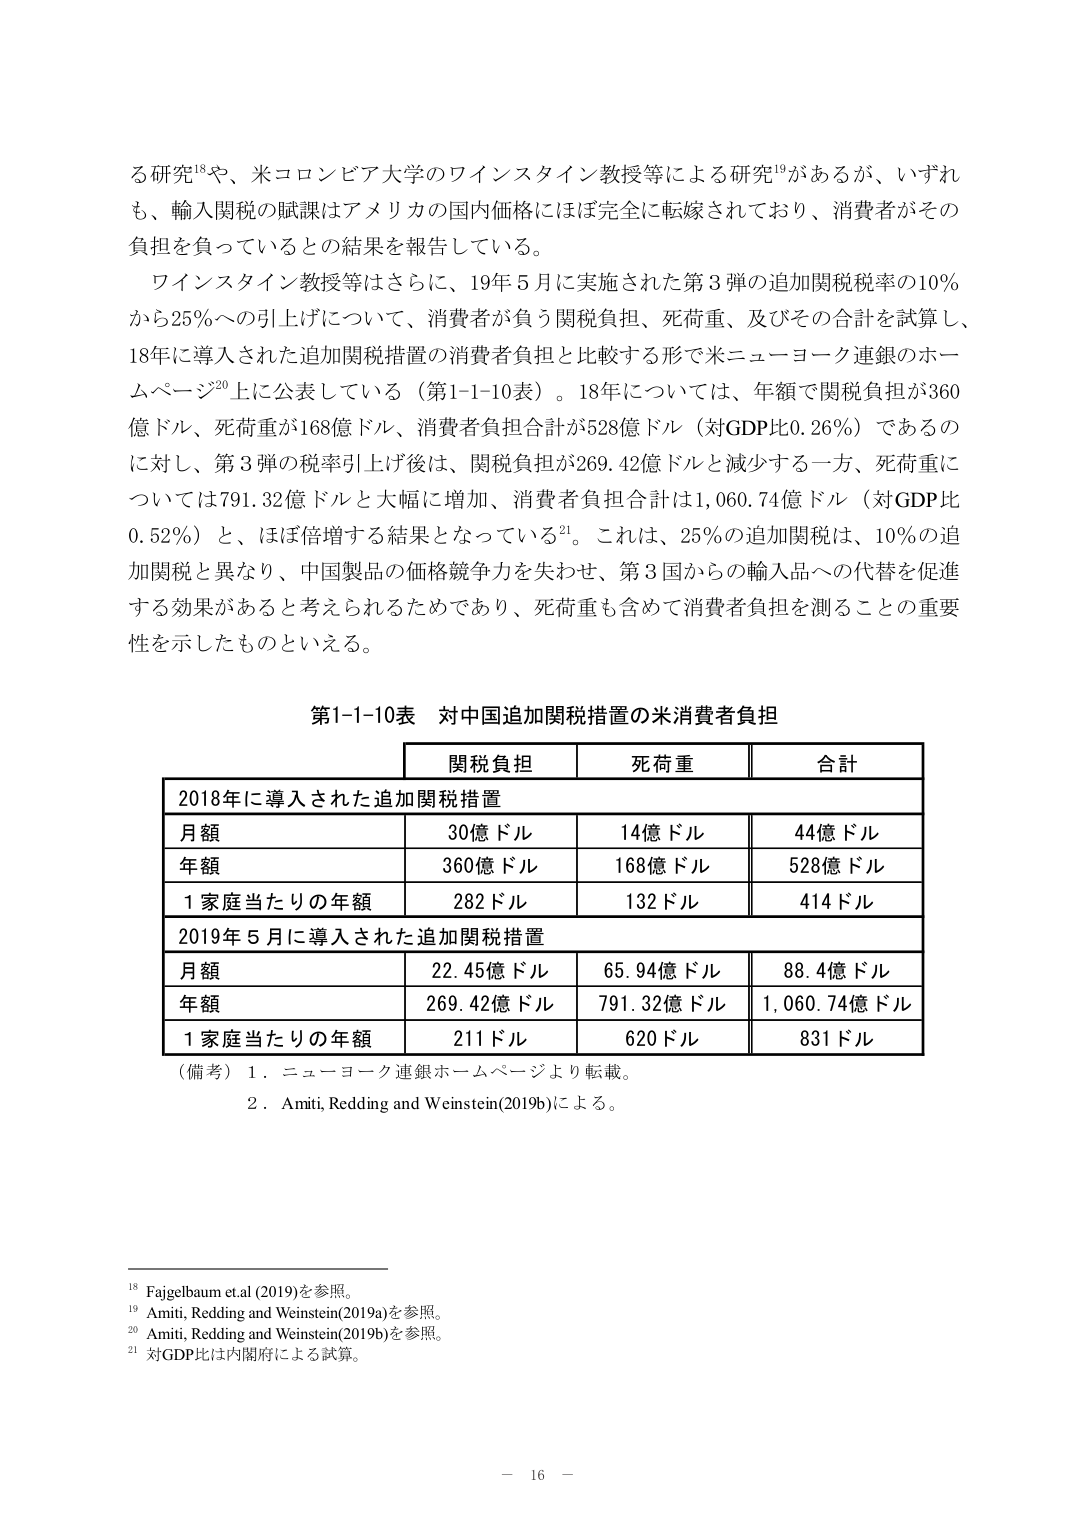
る研究¹⁸や、米コロンビア大学のワインスタイン教授等による研究¹⁹があるが、いずれも、輸入関税の賦課はアメリカの国内価格にはほぼ完全に転嫁されており、消費者がその負担を負っているとの結果を報告している。

ワインスタイン教授等はさらに、19年5月に実施された第3弾の追加関税税率の10％から25％への引上げについて、消費者が負う関税負担、死荷重、及びその合計を試算し、18年に導入された追加関税措置の消費者負担と比較する形で米ニューヨーク連銀のホームページ²⁰上に公表している（第1-1-10表）。18年については、年額で関税負担が360億ドル、死荷重が168億ドル、消費者負担合計が528億ドル（対GDP比0.26％）であるのに対し、第3弾の税率引上げ後は、関税負担が269.42億ドルと減少する一方、死荷重については791.32億ドルと大幅に増加、消費者負担合計は1,060.74億ドル（対GDP比0.52％）と、ほぼ倍増する結果となっている²¹。これは、25％の追加関税は、10％の追加関税と異なり、中国製品の価格競争力を失わせ、第3国からの輸入品への代替を促進する効果があると考えられるためであり、死荷重も含めて消費者負担を測ることの重要性を示したものといえる。

第1-1-10表 対中国追加関税措置の米消費者負担

| | 関税負担 | 死荷重 | 合計 |
|---|---|---|---|
| 2018年に導入された追加関税措置 | | | |
| 月額 | 30億ドル | 14億ドル | 44億ドル |
| 年額 | 360億ドル | 168億ドル | 528億ドル |
| 1家庭当たりの年額 | 282ドル | 132ドル | 414ドル |
| 2019年5月に導入された追加関税措置 | | | |
| 月額 | 22.45億ドル | 65.94億ドル | 88.4億ドル |
| 年額 | 269.42億ドル | 791.32億ドル | 1,060.74億ドル |
| 1家庭当たりの年額 | 211ドル | 620ドル | 831ドル |

（備考）1．ニューヨーク連銀ホームページより転載。
2．Amiti, Redding and Weinstein(2019b)による。

¹⁸ Fajgelbaum et al (2019)を参照。
¹⁹ Amiti, Redding and Weinstein(2019a)を参照。
²⁰ Amiti, Redding and Weinstein(2019b)を参照。
²¹ 対GDP比は内閣府による試算。

－ 16 －